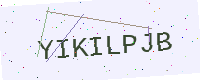
Text: YIKILPJB